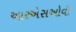
આરએસઓવી